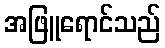
အဖြူရောင်သည်